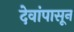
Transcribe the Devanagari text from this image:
देवांपासून